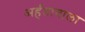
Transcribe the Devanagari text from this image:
अर्हतावाला